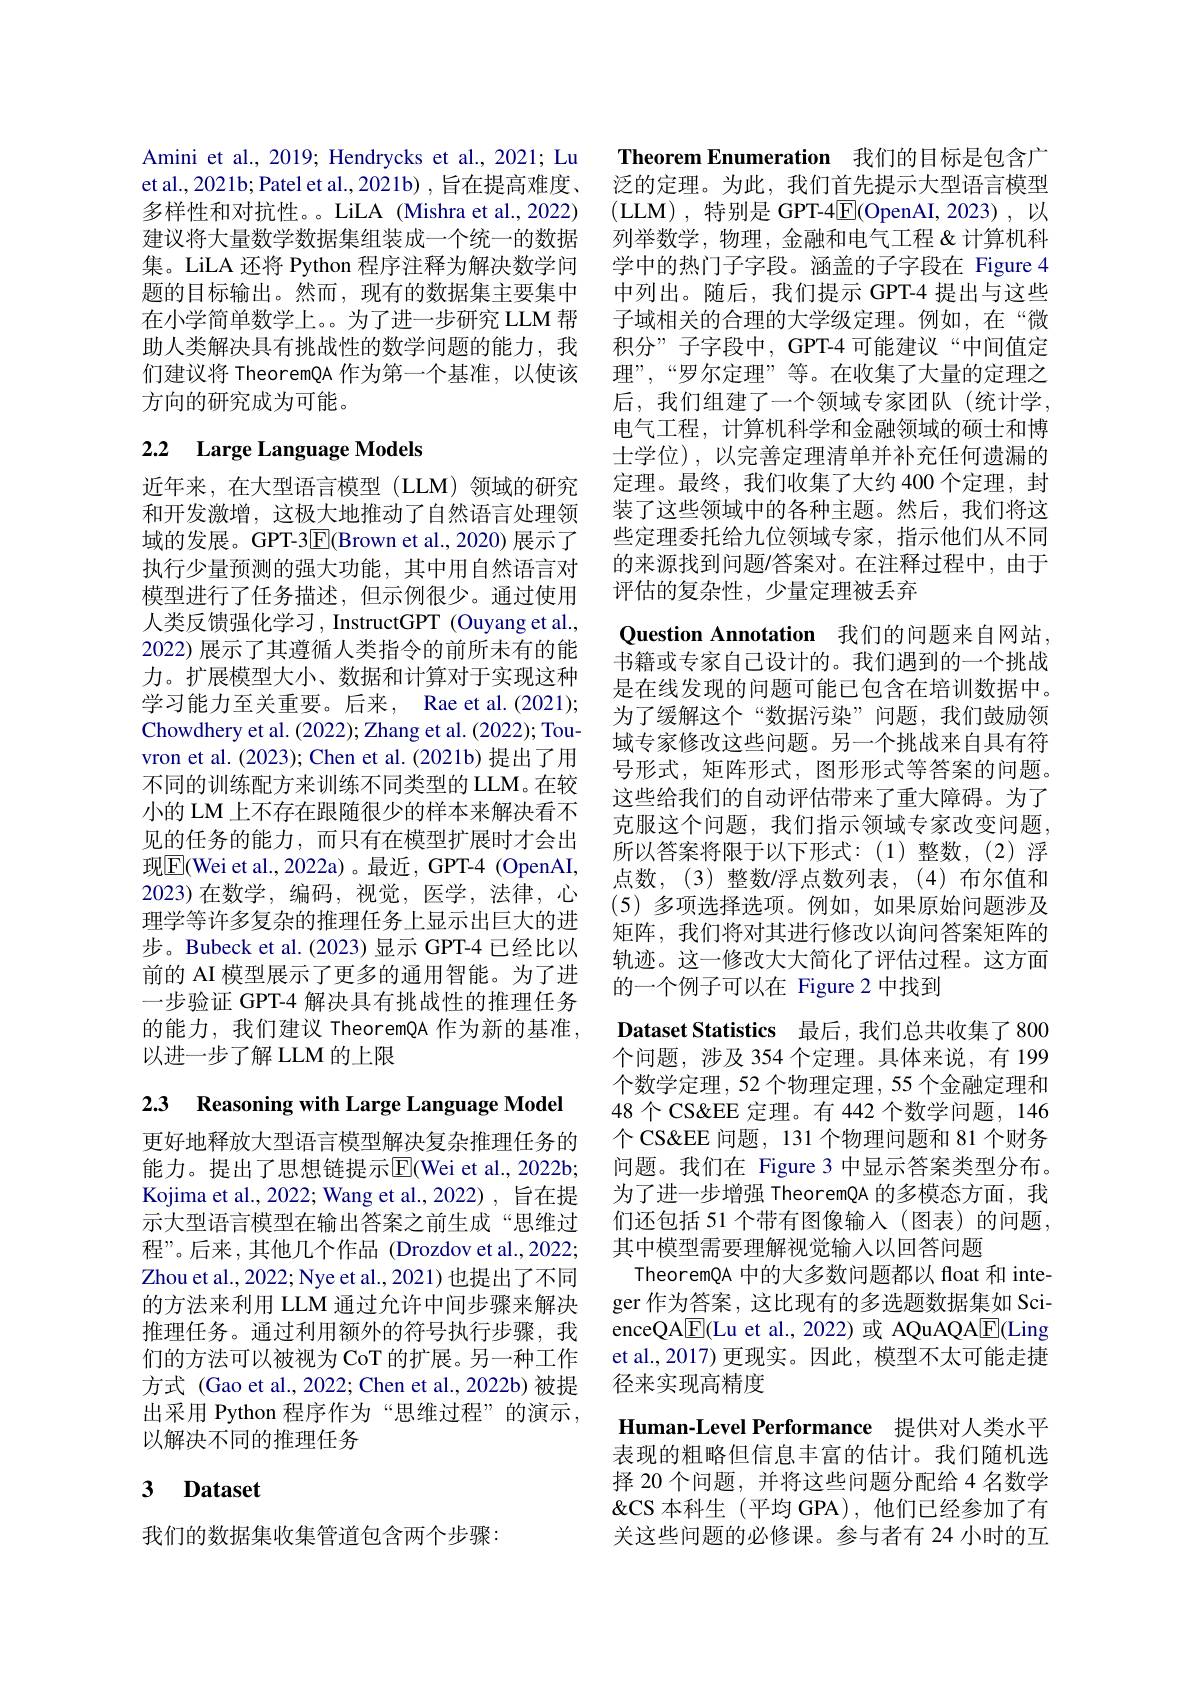
Amini et al., 2019; Hendrycks et al., 2021; Lu et al., 2021b; Patel et al., 2021b) , 旨在提高难度、 多样性和对抗性。LiLA (Mishra et al.,2022) 建议将大量数学数据集组装成一个统一的数据集。LiLA 还将 Python 程序注释为解决数学问题的目标输出。然而，现有的数据集主要集中在小学简单数学上。为了进一步研究 LLM 帮助人类解决具有挑战性的数学问题的能力，我们建议将 TheoremQA 作为第一个基准，以使该方向的研究成为可能。

# 2.2 Large Language Models

近年来，在大型语言模型(LLM)领域的研究和开发激增，这极大地推动了自然语言处理领域的发展。GPT-3E|Brown et al.,2020) 展示了执行少量预测的强大功能，其中用自然语言对模型进行了任务描述，但示例很少。通过使用人类反馈强化学习，InstructGPT (Ouyang et al., 2022) 展示了其遵循人类指令的前所未有的能力。扩展模型大小、数据和计算对于实现这种学习能力至关重要。后来，Rae et al.(2021); Chowdhery et al. (2022); Zhang et al. (2022); Touvron et al. (2023); Chen et al. (2021b) 提出了用不同的训练配方来训练不同类型的 LLM。在较小的 LM 上不存在跟随很少的样本来解决看不见的任务的能力，而只有在模型扩展时才会出现$\boxed{\mathrm{E}}$(Wei et al., 2022a) 。最近，GPT-4 (OpenAI, 2023)在数学，编码，视觉，医学，法律，心理学等许多复杂的推理任务上显示出巨大的进步。Bubeck et al.(2023) 显示 GPT-4 已经比以前的 AI 模型展示了更多的通用智能。为了进一步验证 GPT-4 解决具有挑战性的推理任务的能力，我们建议 TheoremQA 作为新的基准， 以进一步了解 LLM 的上限

2.3 Reasoning with Large Language Model

更好地释放大型语言模型解决复杂推理任务的能力。提出了思想链提示$\overline{\mathrm{E}}$(Wei et al., 2022b; Kojima et al., 2022; Wang et al., 2022) , 旨在提示大型语言模型在输出答案之前生成“思维过程”。后来，其他几个作品(Drozdov et al.,2022; Zhou et al., 2022; Nye et al., 2021) 也提出了不同的方法来利用 LLM 通过允许中间步骤来解决推理任务。通过利用额外的符号执行步骤，我们的方法可以被视为 CoT 的扩展。另一种工作方式 (Gao et al., 2022; Chen et al., 2022b)被提出采用 Python 程序作为“思维过程”的演示， 以解决不同的推理任务

## 3 Dataset

我们的数据集收集管道包含两个步骤：

Theorem Enumeration 我们的目标是包含广泛的定理。为此，我们首先提示大型语言模型(LLM),特别是 GPT-4$\boxed{\mathrm{E}}($OpenAI,2023),以列举数学，物理，金融和电气工程&计算机科学中的热门子字段。涵盖的子字段在 Figure 4中列出。随后，我们提示 GPT-4 提出与这些子域相关的合理的大学级定理。例如，在“微积分”子字段中，GPT-4可能建议“中间值定理”,“罗尔定理”等。在收集了大量的定理之后，我们组建了一个领域专家团队(统计学， 电气工程，计算机科学和金融领域的硕士和博士学位),以完善定理清单并补充任何遗漏的定理。最终，我们收集了大约 400 个定理，封装了这些领域中的各种主题。然后，我们将这些定理委托给九位领域专家，指示他们从不同的来源找到问题/答案对。在注释过程中，由于评估的复杂性，少量定理被丢弃
Question Annotation 我们的问题来自网站， 书籍或专家自己设计的。我们遇到的一个挑战是在线发现的问题可能已包含在培训数据中。为了缓解这个“数据污染”问题，我们鼓励领域专家修改这些问题。另一个挑战来自具有符号形式，矩阵形式，图形形式等答案的问题。这些给我们的自动评估带来了重大障碍。为了克服这个问题，我们指示领域专家改变问题， 所以答案将限于以下形式：(1)整数，(2)浮点数，(3)整数/浮点数列表，(4)布尔值和(5)多项选择选项。例如，如果原始问题涉及矩阵，我们将对其进行修改以询问答案矩阵的轨迹。这一修改大大简化了评估过程。这方面的一个例子可以在 Figure 2 中找到
Dataset Statistics 最后，我们总共收集了 800个问题，涉及 354 个定理。具体来说，有 199个数学定理，52 个物理定理，55 个金融定理和48个CS&EE 定理。有 442 个数学问题，146个 CS&EE 问题，131 个物理问题和 81 个财务问题。我们在 Figure 3 中显示答案类型分布。为了进一步增强 TheoremQA 的多模态方面，我们还包括 51 个带有图像输入 (图表)的问题， 其中模型需要理解视觉输入以回答问题
TheoremQA 中的大多数问题都以 float 和 integer 作为答案，这比现有的多选题数据集如 ScienceQA$\underline{\mathrm{E}}$(Lu et al., 2022) 或 AQuAQA$\underline{\mathrm{E}}$(Ling et al.,2017) 更现实。因此，模型不太可能走捷径来实现高精度
Human-Level Performance 提供对人类水平

表现的粗略但信息丰富的估计。我们随机选

择 20 个问题，并将这些问题分配给 4 名数学

$\&$CS 本科生(平均 GPA),他们已经参加了有

关这些问题的必修课。参与者有 24 小时的互